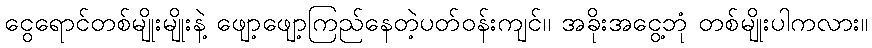
ငွေရောင်တစ်မျိုးမျိုးနဲ့ ဖျော့ဖျော့ကြည်နေတဲ့ပတ်ဝန်းကျင်၊၊ အခိုးအငွေ့ဘုံ တစ်မျိုးပါကလား။